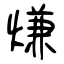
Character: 熑